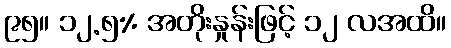
၉၅။ ၁၂.၅% အတိုးနှုန်းဖြင့် ၁၂ လအထိ။